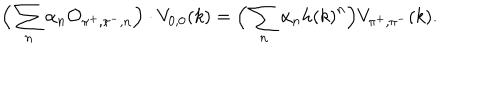
LaTeX: \Big ( \sum _ { n } \alpha _ { n } { \cal O } _ { \pi ^ { + } , \pi ^ { - } , n } \Big ) \cdot V _ { 0 , 0 } ( k ) = \Big ( \sum _ { n } \alpha _ { n } { h ( k ) } ^ { n } \Big ) V _ { \pi ^ { + } , \pi ^ { - } } ( k ) .